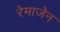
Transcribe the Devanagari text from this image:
रेमाजेन